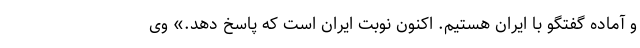
و آماده گفتگو با ایران هستیم. اکنون نوبت ایران است که پاسخ دهد.» وی